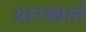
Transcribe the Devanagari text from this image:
प्रारब्धाते